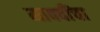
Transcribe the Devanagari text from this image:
माक्वींचा